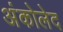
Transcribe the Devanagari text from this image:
अंकोलेद